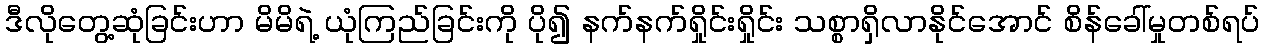
ဒီလိုတွေ့ဆုံခြင်းဟာ မိမိရဲ့ ယုံကြည်ခြင်းကို ပို၍ နက်နက်ရှိုင်းရှိုင်း သစ္စာရှိလာနိုင်အောင် စိန်ခေါ်မှုတစ်ရပ်